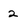
Character: 2